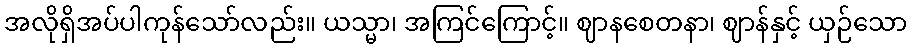
အလိုရှိအပ်ပါကုန်သော်လည်း။ ယသ္မာ၊ အကြင်ကြောင့်။ ဈာနစေတနာ၊ ဈာန်နှင့် ယှဉ်သော